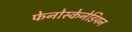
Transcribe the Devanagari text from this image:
फेनोस्केनेडियन